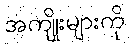
အကျိုးများကို